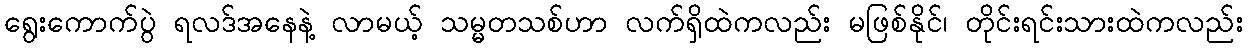
ရွေးကောက်ပွဲ ရလဒ်အနေနဲ့ လာမယ့် သမ္မတသစ်ဟာ လက်ရှိထဲကလည်း မဖြစ်နိုင်၊ တိုင်းရင်းသားထဲကလည်း